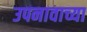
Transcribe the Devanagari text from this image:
उपनावाच्या